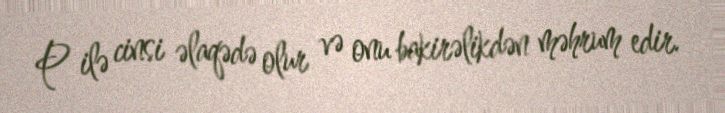
P ilə cinsi əlaqədə olur və onu bakirəlikdən məhrum edir.